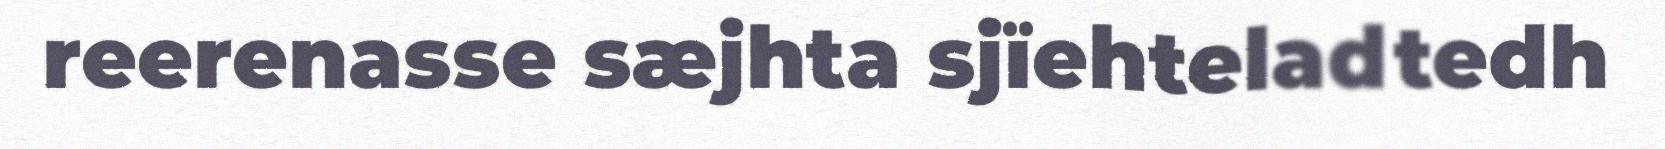
reerenasse sæjhta sjïehteladtedh